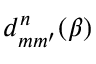
d _ { m m ^ { \prime } } ^ { n } ( \beta )